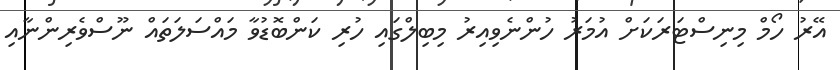
އޭރު ހޯމް މިނިސްޓަރަކަށް އުމަރު ހުންނެވިއިރު މިބިލްގައި ހުރި ކަންބޮޑުވާ މައްސަލަތައް ނޫސްވެރިންނާއި